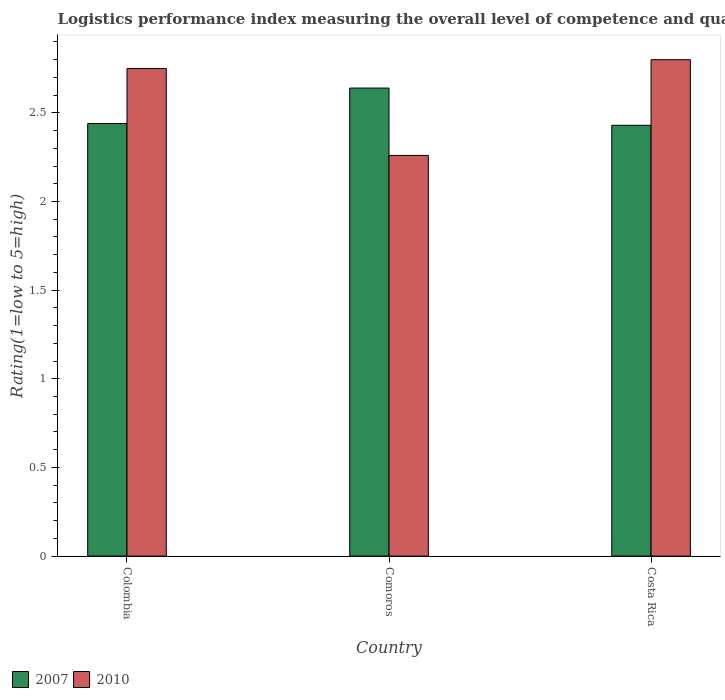
| Country | 2007 | 2010 |
 | --- | --- | --- |
 | Colombia | 2.44 | 2.75 |
 | Comoros | 2.64 | 2.26 |
 | Costa Rica | 2.43 | 2.8 |